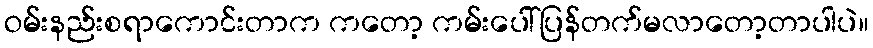
ဝမ်းနည်းစရာကောင်းတာက ကတော့ ကမ်းပေါ်ပြန်တက်မလာတော့တာပါပဲ။